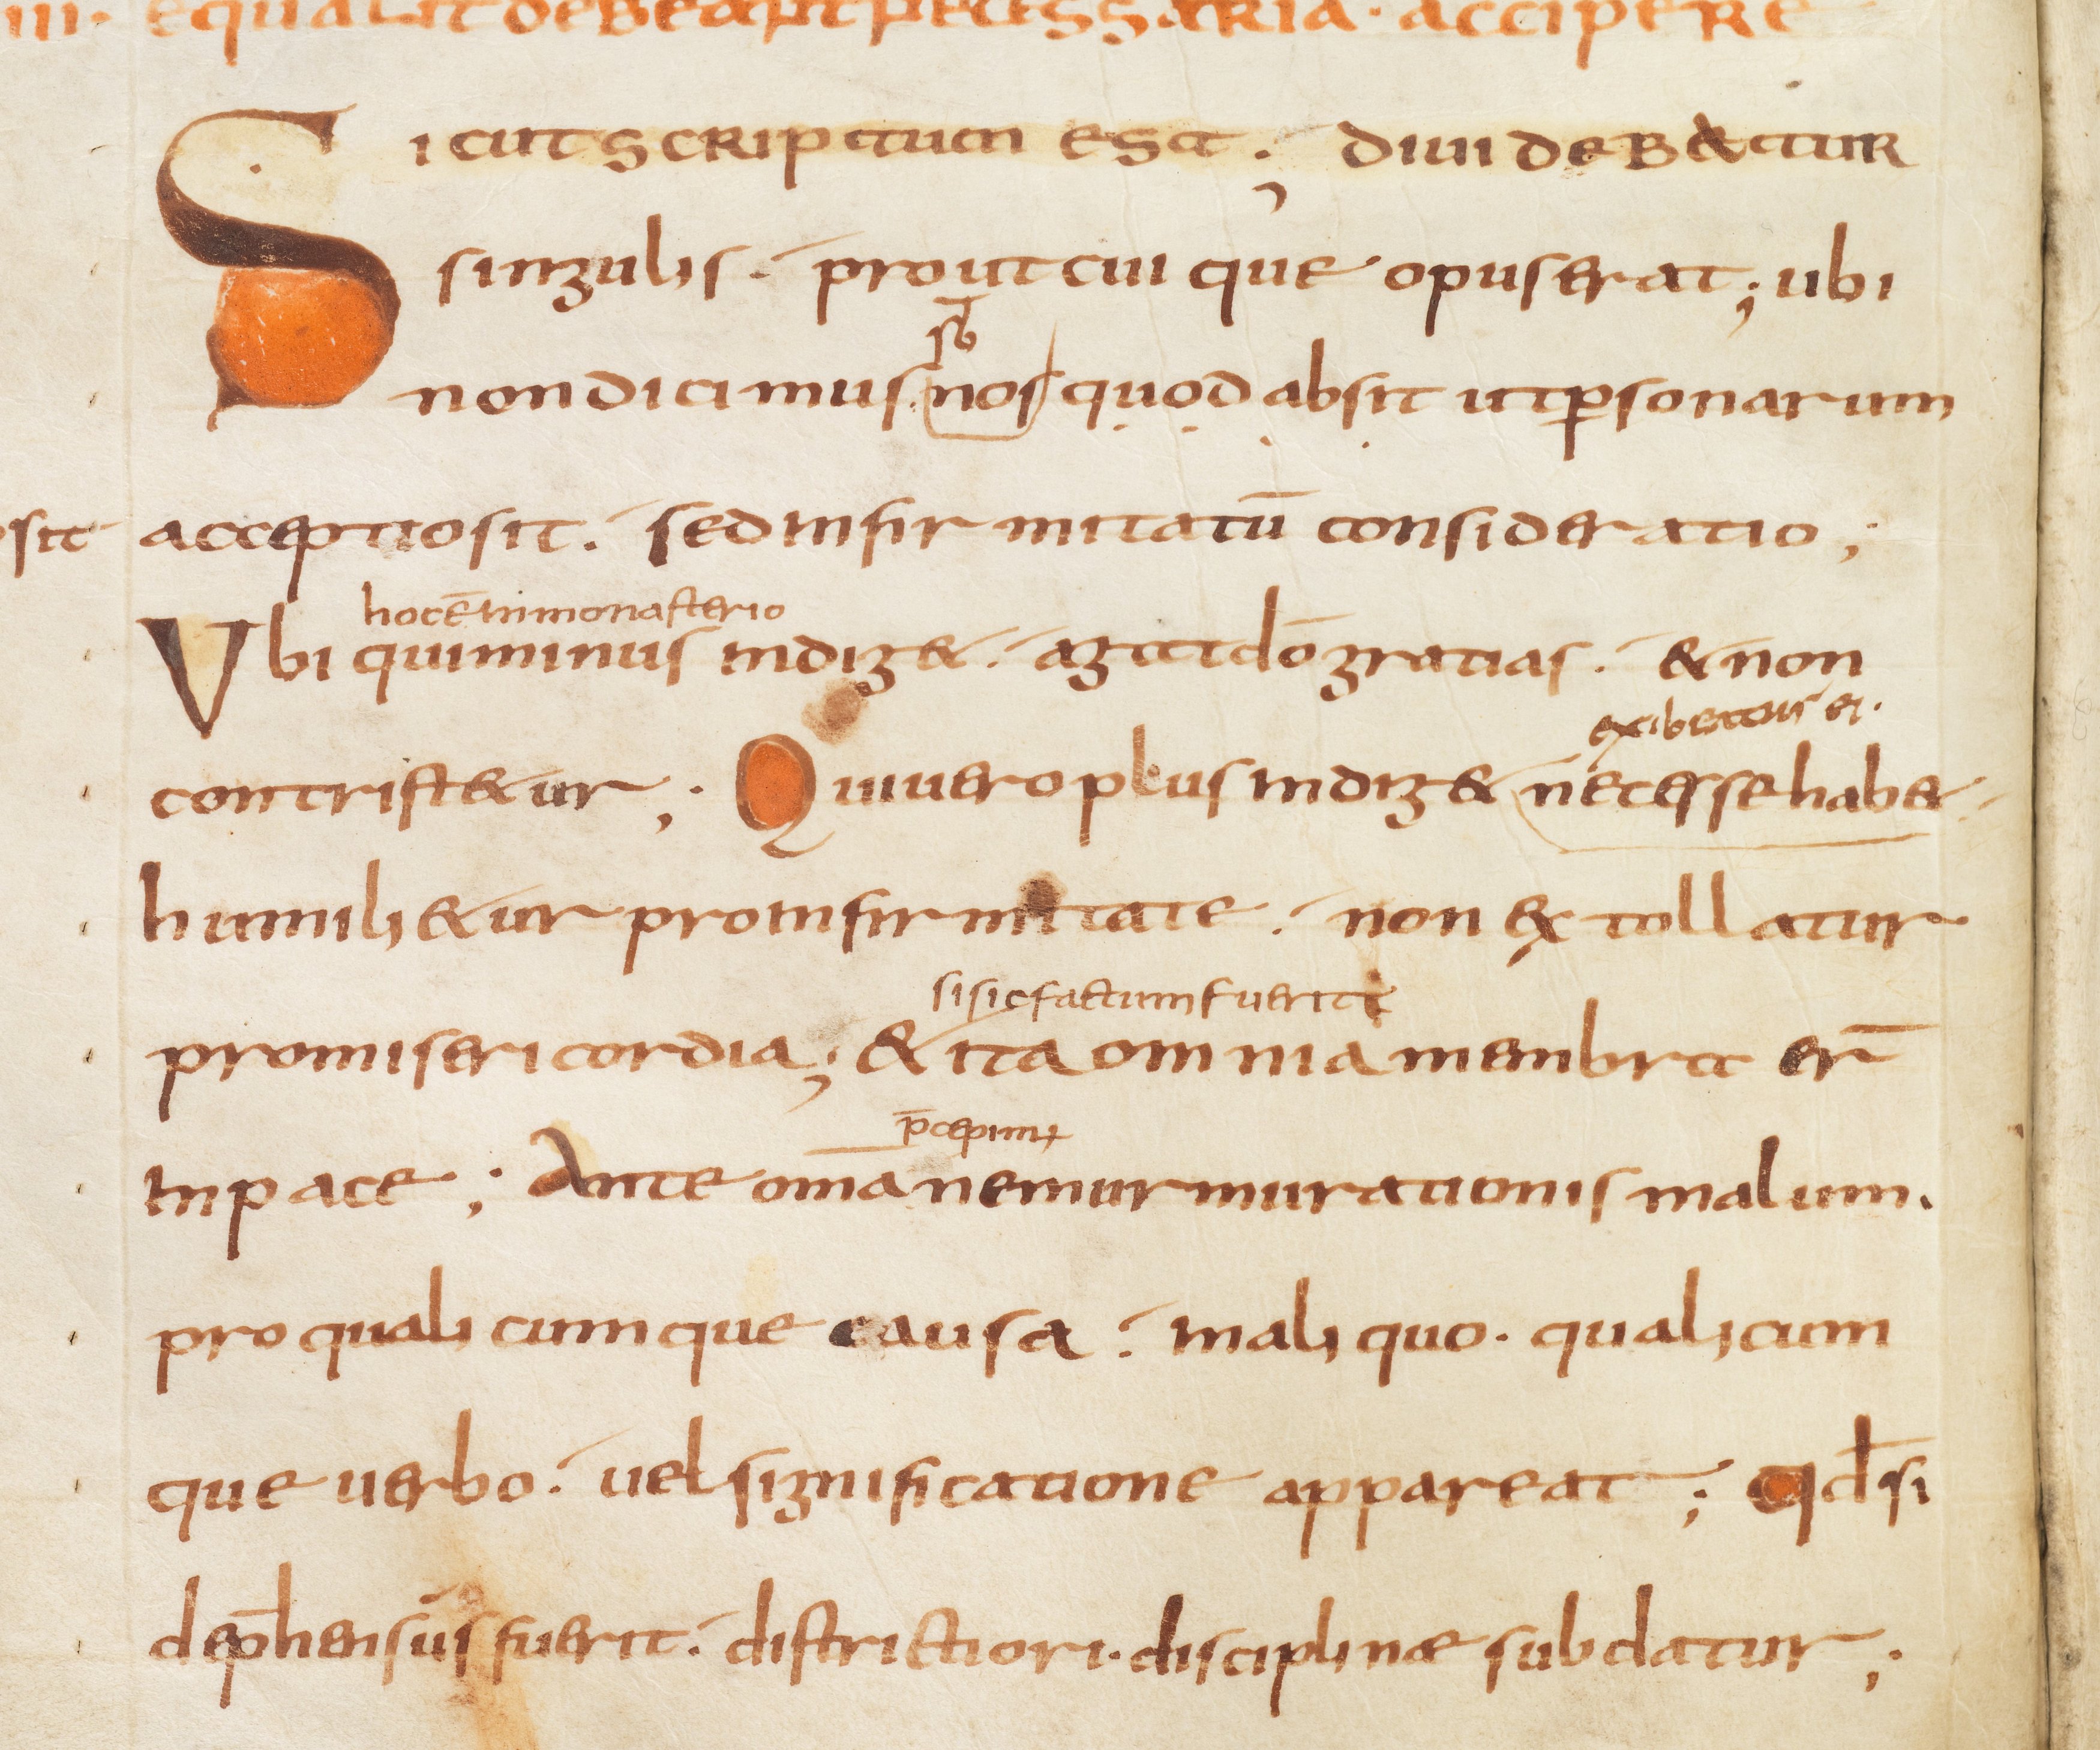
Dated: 800–849